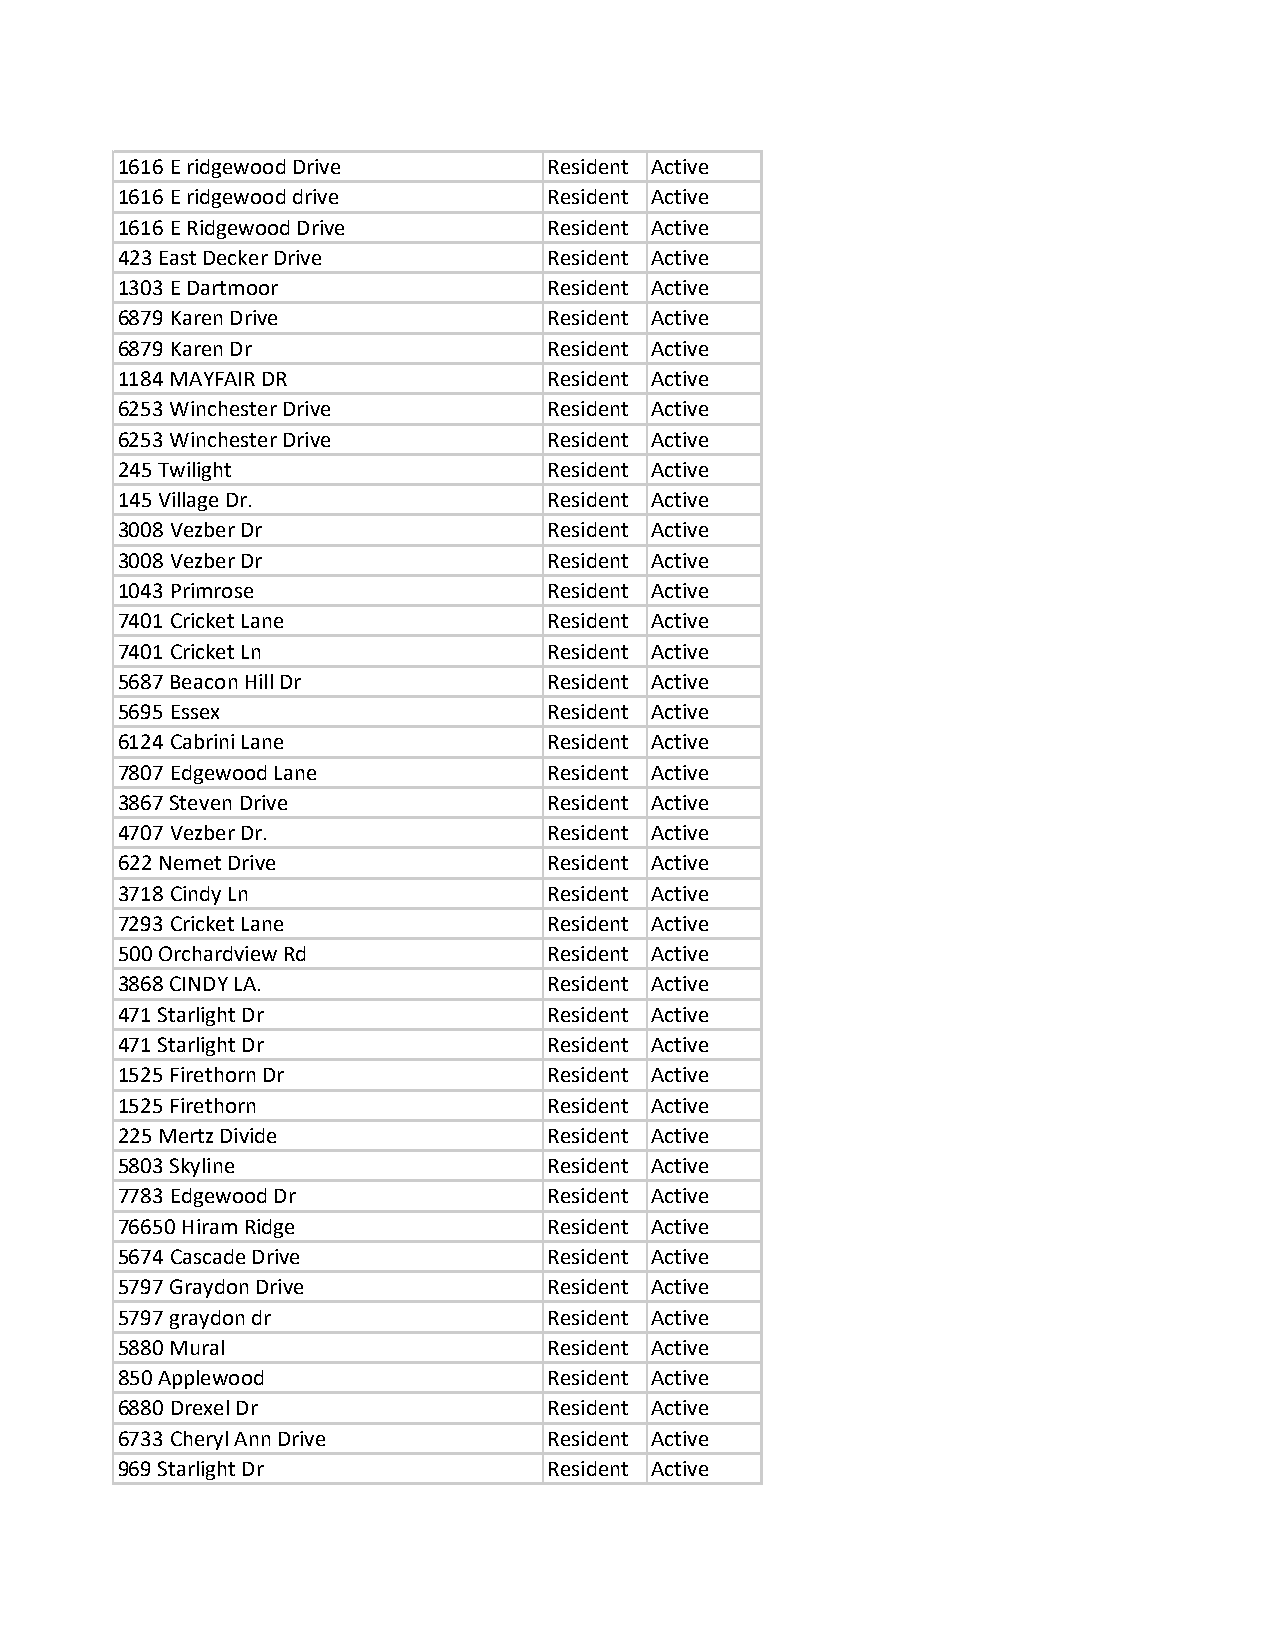
1616 E ridgewood Drive      Resident Active
 1616 E ridgewood drive      Resident Active
 1616 E Ridgewood Drive      Resident Active
 423 East Decker Drive       Resident Active
 1303 E Dartmoor             Resident Active
 6879 Karen Drive            Resident Active
 6879 Karen Dr               Resident Active
 1184 MAYFAIR DR             Resident Active
 6253 Winchester Drive       Resident Active
 6253 Winchester Drive       Resident Active
 245 Twilight                Resident Active
 145 Village Dr.             Resident Active
 3008 Vezber Dr              Resident Active
 3008 Vezber Dr              Resident Active
 1043 Primrose               Resident Active
 7401 Cricket Lane           Resident Active
 7401 Cricket Ln             Resident Active
 5687 Beacon Hill Dr         Resident Active
 5695 Essex                  Resident Active
 6124 Cabrini Lane           Resident Active
 7807 Edgewood Lane          Resident Active
 3867 Steven Drive           Resident Active
 4707 Vezber Dr.             Resident Active
 622 Nemet Drive             Resident Active
 3718 Cindy Ln               Resident Active
 7293 Cricket Lane           Resident Active
 500 Orchardview Rd          Resident Active
 3868 CINDY LA.              Resident Active
 471 Starlight Dr            Resident Active
 471 Starlight Dr            Resident Active
 1525 Firethorn Dr           Resident Active
 1525 Firethorn              Resident Active
 225 Mertz Divide            Resident Active
 5803 Skyline                Resident Active
 7783 Edgewood Dr            Resident Active
 76650 Hiram Ridge           Resident Active
 5674 Cascade Drive          Resident Active
 5797 Graydon Drive          Resident Active
 5797 graydon dr             Resident Active
 5880 Mural                  Resident Active
 850 Applewood               Resident Active
 6880 Drexel Dr              Resident Active
 6733 Cheryl Ann Drive       Resident Active
 969 Starlight Dr            Resident Active